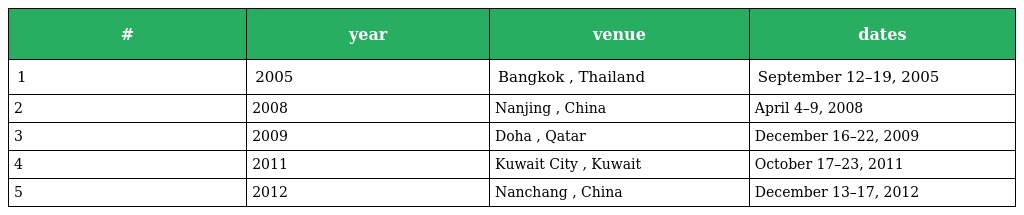
| # | year | venue | dates |
 | --- | --- | --- | --- |
 | 1 | 2005 | Bangkok , Thailand | September 12–19, 2005 |
 | 2 | 2008 | Nanjing , China | April 4–9, 2008 |
 | 3 | 2009 | Doha , Qatar | December 16–22, 2009 |
 | 4 | 2011 | Kuwait City , Kuwait | October 17–23, 2011 |
 | 5 | 2012 | Nanchang , China | December 13–17, 2012 |